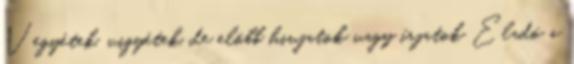
Vegyétek, vigyétek, de elõbb hivjatok vagy írjatok Eladó a